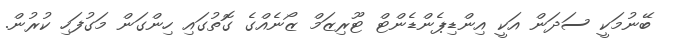
ބޭނުމަކީ ސަދަން އަކީ އިންޑިޕެންޑެންޓް ޓޫރިޒަމް ޒޯނެއްގެ ގޮތުގައި ހިންގަން މަގުފަހި ކުރުން.